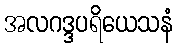
အလဂဒ္ဒပရိယေသနံ